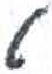
אות: י